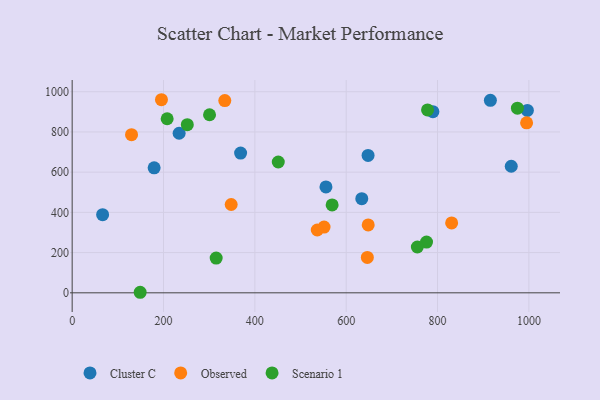
{"axis": {"x": "Study Hours", "y": "Salary"}, "legend": ["Cluster C", "Observed", "Scenario 1"], "data": [{"x": "915.7", "y": 957.1, "type": "Cluster C"}, {"x": "179.5", "y": 621.4, "type": "Cluster C"}, {"x": "66.7", "y": 388.7, "type": "Cluster C"}, {"x": "647.9", "y": 683.5, "type": "Cluster C"}, {"x": "961.4", "y": 629.5, "type": "Cluster C"}, {"x": "996.7", "y": 906.9, "type": "Cluster C"}, {"x": "234.2", "y": 793.5, "type": "Cluster C"}, {"x": "634.1", "y": 468.2, "type": "Cluster C"}, {"x": "789.8", "y": 901.1, "type": "Cluster C"}, {"x": "555.7", "y": 526.4, "type": "Cluster C"}, {"x": "368.8", "y": 694.8, "type": "Cluster C"}, {"x": "995.0", "y": 845.4, "type": "Observed"}, {"x": "195.5", "y": 960.3, "type": "Observed"}, {"x": "830.9", "y": 347.8, "type": "Observed"}, {"x": "646.3", "y": 176.2, "type": "Observed"}, {"x": "130.0", "y": 786.6, "type": "Observed"}, {"x": "551.5", "y": 327.1, "type": "Observed"}, {"x": "334.2", "y": 956.1, "type": "Observed"}, {"x": "348.2", "y": 439.2, "type": "Observed"}, {"x": "536.7", "y": 312.4, "type": "Observed"}, {"x": "648.2", "y": 337.4, "type": "Observed"}, {"x": "252.1", "y": 836.4, "type": "Scenario 1"}, {"x": "300.8", "y": 885.6, "type": "Scenario 1"}, {"x": "451.3", "y": 650.5, "type": "Scenario 1"}, {"x": "974.9", "y": 918.2, "type": "Scenario 1"}, {"x": "148.9", "y": 2.7, "type": "Scenario 1"}, {"x": "569.2", "y": 437.0, "type": "Scenario 1"}, {"x": "208.0", "y": 865.7, "type": "Scenario 1"}, {"x": "775.9", "y": 252.3, "type": "Scenario 1"}, {"x": "778.1", "y": 909.6, "type": "Scenario 1"}, {"x": "755.8", "y": 227.8, "type": "Scenario 1"}, {"x": "315.3", "y": 172.8, "type": "Scenario 1"}]}